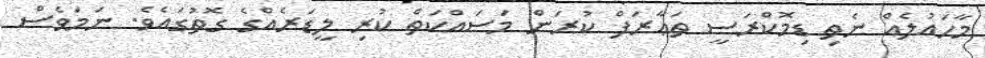
މާހައުލެއް ނެތި ޑިމޮކްރަސީ ތަޢާރަފް ކުރަން މަސައްކަތް ކުރި ލީޑަރެއްގެ ގޮތުގައެވެ. ނަމަވެސް